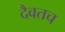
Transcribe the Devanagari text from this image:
दैवतच